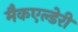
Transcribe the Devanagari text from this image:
मैकएल्डेरी